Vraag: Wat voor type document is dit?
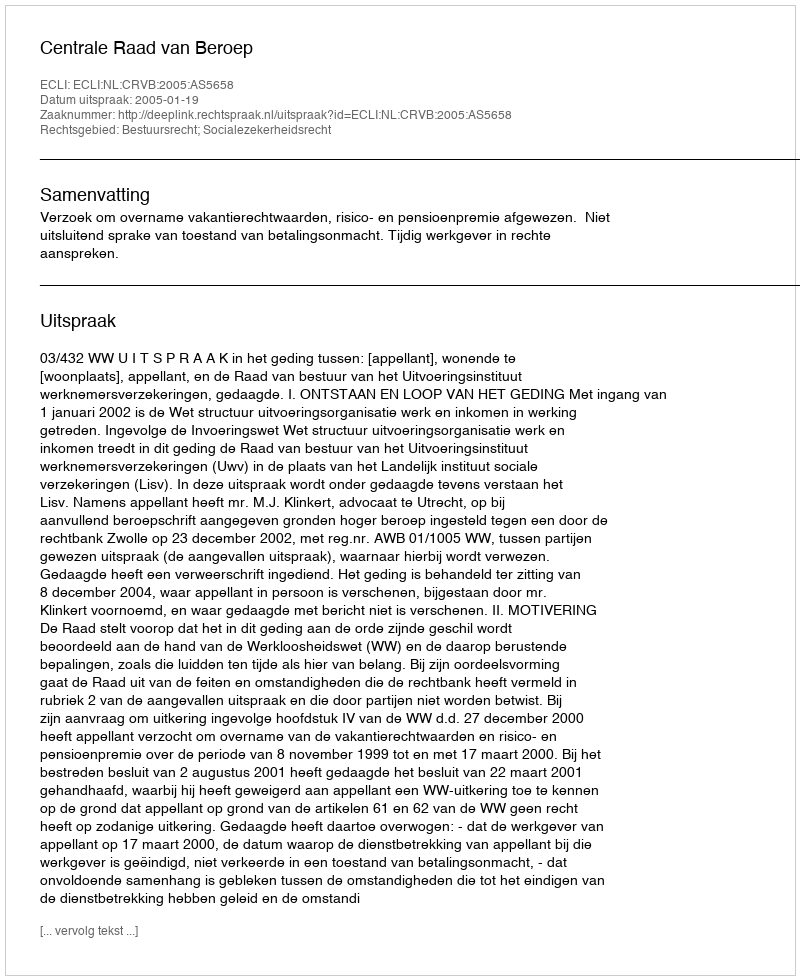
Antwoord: Uitspraak